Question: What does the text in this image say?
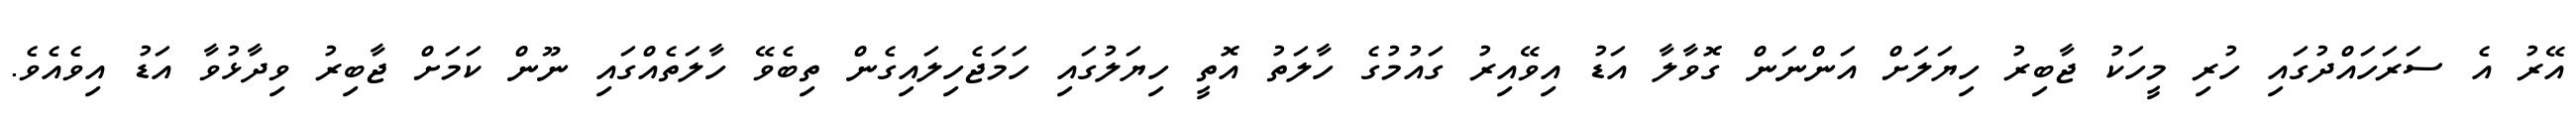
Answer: އޭރު އެ ސަރަހައްދުގައި ހުރި މީހަކު ޖާބިރު ހިޔަލަށް އަންނަން ގޮވާލާ އަޑު އިވޭއިރު ގައުމުގެ ހާލަތު އޮތީ ހިޔަލުގައި ހަމަޖެހިލައިގެން ތިބެވޭ ހާލަތެއްގައި ނޫން ކަމަށް ޖާބިރު ވިދާޅުވާ އަޑު އިވެއެވެ.